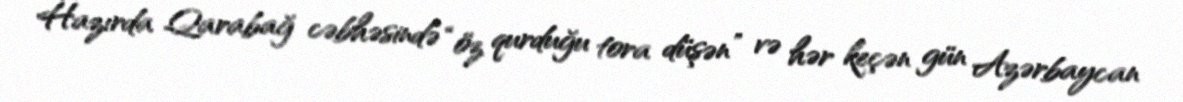
Hazırda Qarabağ cəbhəsində “öz qurduğu tora düşən” və hər keçən gün Azərbaycan